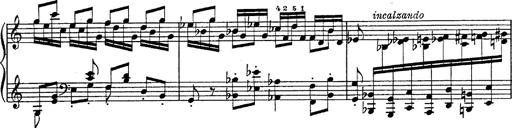
Title: Fantasie Ã¼ber Themen aus Mozarts Figaro und Don Giovanni
Composer: Franz Liszt